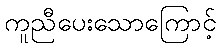
ကူညီပေးသောကြောင့်